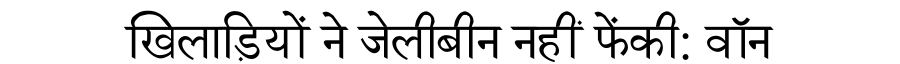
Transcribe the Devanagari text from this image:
खिलाड़ियों ने जेलीबीन नहीं फेंकी: वॉन